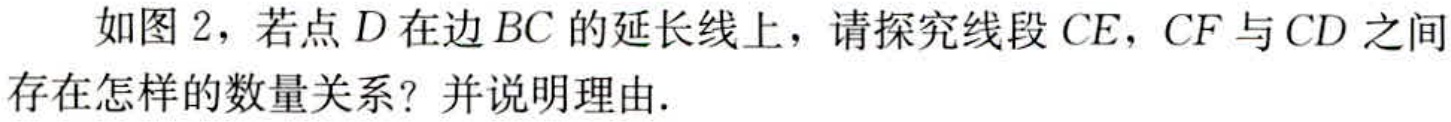
如图 2，若点 \(D\) 在边 \(BC\) 的延长线上，请探究线段 \(CE\)，\(CF\) 与 \(CD\) 之间存在怎样的数量关系？并说明理由.